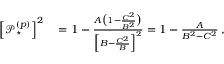
\begin{array} { r l } { \left[ \mathop { \mathcal { P } _ { \star } ^ { ( p ) } } \right] ^ { 2 } } & { { } = 1 - \frac { A \big ( 1 - \frac { C ^ { 2 } } { B ^ { 2 } } \big ) } { \Big [ B - \frac { C ^ { 2 } } { B } \Big ] ^ { 2 } } = 1 - \frac { A } { B ^ { 2 } - C ^ { 2 } } \: , } \end{array}